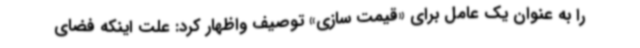
را به عنوان یک عامل برای «قیمت سازی» توصیف واظهار کرد: علت اینکه فضای